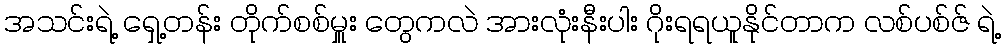
အသင်းရဲ့ ရှေ့တန်း တိုက်စစ်မှူး တွေကလဲ အားလုံးနီးပါး ဂိုးရရယူနိုင်တာက လစ်ပစ်ဇ် ရဲ့